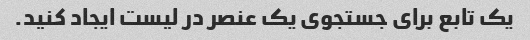
یک تابع برای جستجوی یک عنصر در لیست ایجاد کنید.